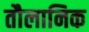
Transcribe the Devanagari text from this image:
तौलानिक